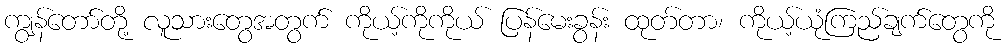
ကျွန်တော်တို့ လူသားတွေအတွက် ကိုယ့်ကိုကိုယ် ပြန်မေးခွန်း ထုတ်တာ၊ ကိုယ့်ယုံကြည်ချက်တွေကို